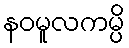
နဝမူလကမ္ပိ